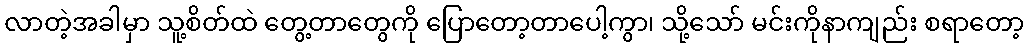
လာတဲ့အခါမှာ သူ့စိတ်ထဲ တွေ့တာတွေကို ပြောတော့တာပေါ့ကွာ၊ သို့သော် မင်းကိုနာကျည်း စရာတော့